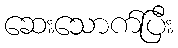
ဆေးသောက်ပြီး